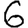
Digit: 6